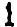
1